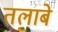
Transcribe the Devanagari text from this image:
तलाबे